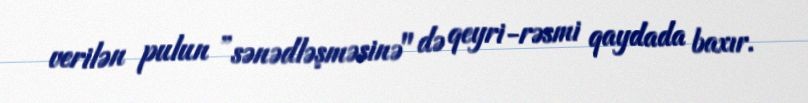
verilən pulun ”sənədləşməsinə" də qeyri-rəsmi qaydada baxır.